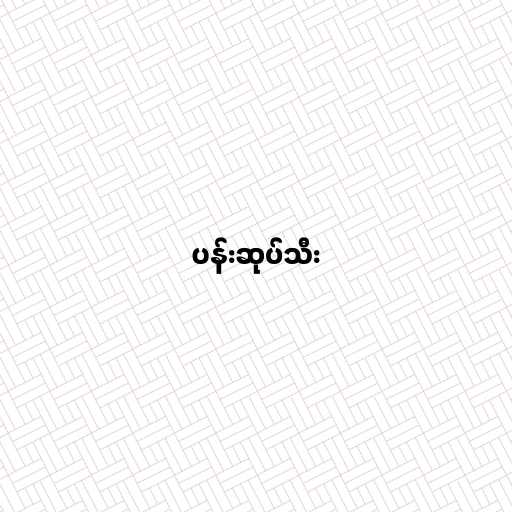
ပန်းဆုပ်သီး